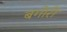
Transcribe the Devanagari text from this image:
बगोरी